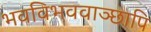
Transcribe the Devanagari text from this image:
भवविभववाञ्छापि